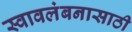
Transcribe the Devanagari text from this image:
स्वावलंबनासाठी